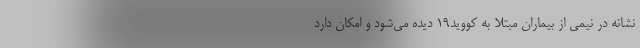
نشانه در نیمی از بیماران مبتلا به کووید۱۹ دیده می‌شود و امکان دارد